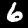
Label: 6